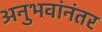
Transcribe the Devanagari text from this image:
अनुभवांनंतर